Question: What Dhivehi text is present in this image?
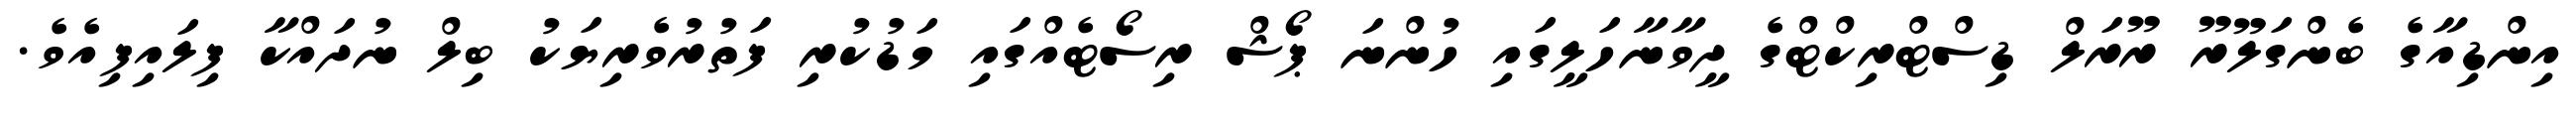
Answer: އިންޑިއާގެ ބެންގަލޫރޫ ރޫރަލް ޑިސްޓްރިކްޓްގެ ދީވާނާހަލީގައި ހުންނަ ޕޯޝް ރިސޯޓެއްގައި މަޑުކުރި ފަތުރުވެރިޔަކު ބިލް ނުދައްކާ ފިލައިފިއެވެ.